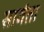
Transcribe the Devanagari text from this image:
सावंता